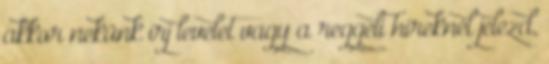
akkor nekünk írj levelet vagy a reggeli híreknél jelezd,